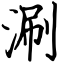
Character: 涮